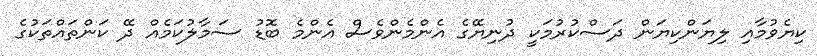
ކިޔެވުމާއި ލިޔަންކިޔަން ދަސްކުރުމަކީ ދުނިޔޭގެ އެންމެންވެސް އެންމެ ބޮޑު ސަމާލުކަމެއް ދޭ ކަންތައްތަކުގެ